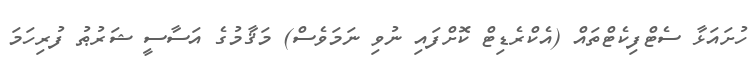
ހުށައަޅާ ސެޓްފިކެޓްތައް (އެކްރެޑިޓް ކޮށްފައި ނުވި ނަމަވެސް) މަޤާމުގެ އަސާސީ ޝަރުޠު ފުރިހަމަ